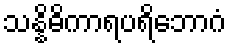
သန္နိဓိကာရပရိဘောဂံ